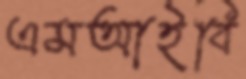
এমআইবি